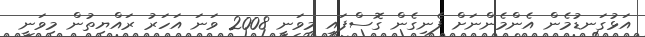
އަޅުގަނޑުމެން އެންމެންނަށް ފެނިގެން ގޮސްފައި މިވަނީ 2008 ވަނަ އަހަރު ރައްޔިތުން މިވަނީ